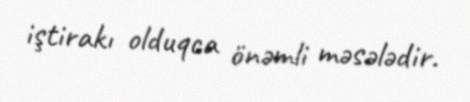
iştirakı olduqca önəmli məsələdir.